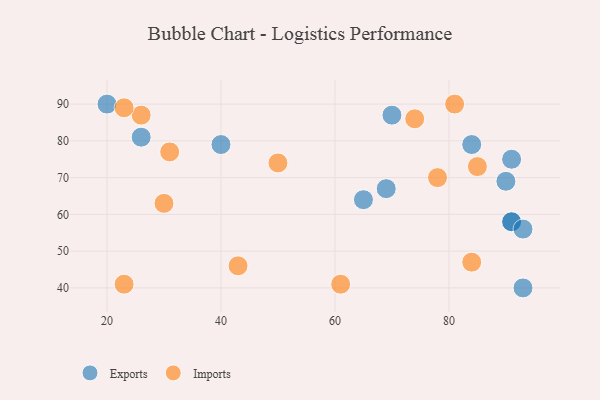
{"axis": {"x": "GDP", "y": "Life Expectancy"}, "legend": ["Exports", "Imports"], "data": [{"x": "69", "y": 67, "type": "Exports"}, {"x": "91", "y": 75, "type": "Exports"}, {"x": "91", "y": 58, "type": "Exports"}, {"x": "20", "y": 90, "type": "Exports"}, {"x": "65", "y": 64, "type": "Exports"}, {"x": "26", "y": 81, "type": "Exports"}, {"x": "91", "y": 58, "type": "Exports"}, {"x": "84", "y": 79, "type": "Exports"}, {"x": "70", "y": 87, "type": "Exports"}, {"x": "93", "y": 40, "type": "Exports"}, {"x": "90", "y": 69, "type": "Exports"}, {"x": "93", "y": 56, "type": "Exports"}, {"x": "40", "y": 79, "type": "Exports"}, {"x": "30", "y": 63, "type": "Imports"}, {"x": "43", "y": 46, "type": "Imports"}, {"x": "61", "y": 41, "type": "Imports"}, {"x": "50", "y": 74, "type": "Imports"}, {"x": "31", "y": 77, "type": "Imports"}, {"x": "81", "y": 90, "type": "Imports"}, {"x": "84", "y": 47, "type": "Imports"}, {"x": "26", "y": 87, "type": "Imports"}, {"x": "78", "y": 70, "type": "Imports"}, {"x": "74", "y": 86, "type": "Imports"}, {"x": "23", "y": 89, "type": "Imports"}, {"x": "85", "y": 73, "type": "Imports"}, {"x": "23", "y": 41, "type": "Imports"}]}